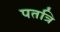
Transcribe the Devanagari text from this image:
पतत्रि